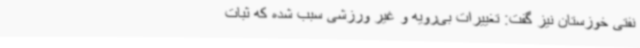
نفتی خوزستان نیز گفت:‌ تغییرات بی‌رویه و غیر ورزشی سبب شده که ثبات